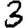
Digit: 3